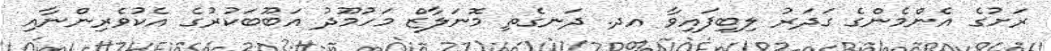
ރަށުގެ އެންމެންގެ ގަދަރު ލިބިފައިވާ އދ. ދަނގެތި މޮނަލާޒް މަހުމޫދު އަބޫބަކުރުގެ އެކުވެރިންނާއި